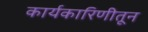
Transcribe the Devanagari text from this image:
कार्यकारिणीतून